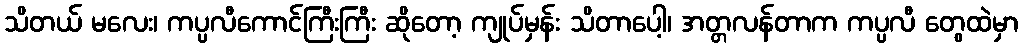
သိတယ် မလေး၊ ကပ္ပလီကောင်ကြီးကြီး ဆိုတော့ ကျုပ်မှန်း သိတာပေါ့၊ အတ္တလန်တာက ကပ္ပလီ တွေထဲမှာ